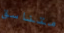
متناسق